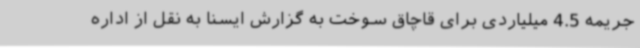
جریمه 4.5 میلیاردی برای قاچاق سوخت به گزارش ایسنا به نقل از اداره